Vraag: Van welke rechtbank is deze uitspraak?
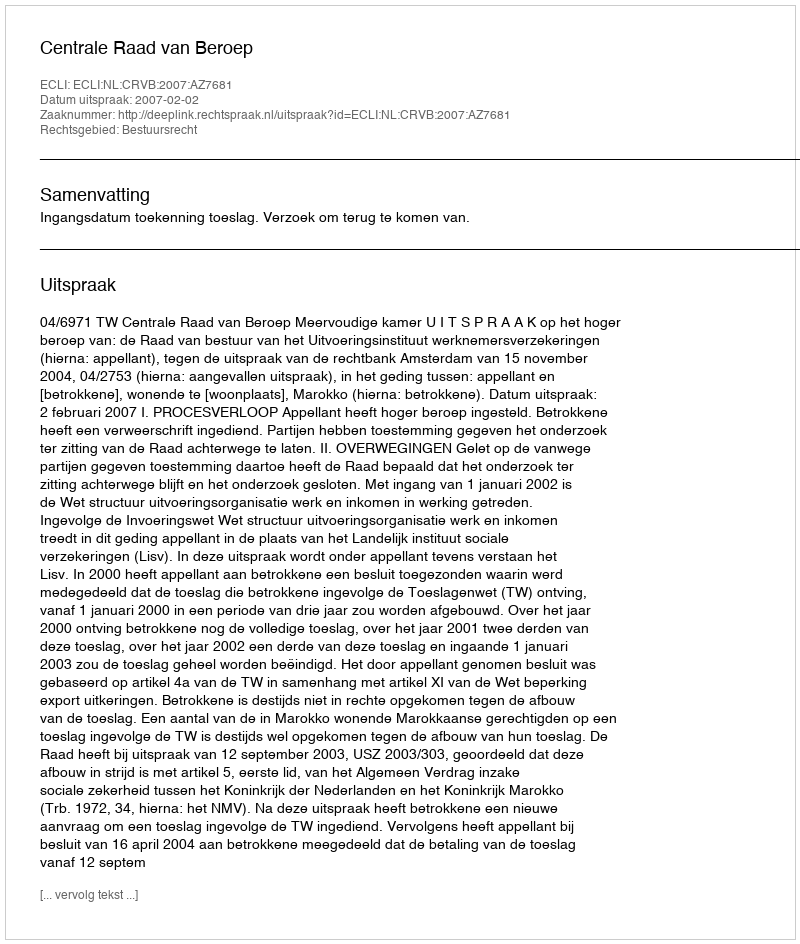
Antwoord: Centrale Raad van Beroep